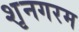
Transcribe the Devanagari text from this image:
शृनगरम